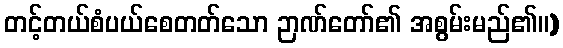
တင့်တယ်စံပယ်စေတတ်သော ဉာဏ်တော်၏ အစွမ်းမည်၏။)